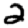
Digit: 2